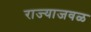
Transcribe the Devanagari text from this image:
राज्याजवळ